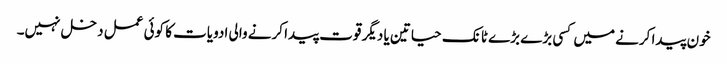
خون پیدا کرنے میں کسی بڑے بڑے ٹانک حیاتین یا دیگر قوت پیدا کرنے والی ادویات کا کوئی عمل دخل نہیں۔